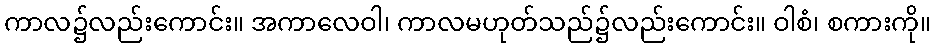
ကာလ၌လည်းကောင်း။ အကာလေဝါ၊ ကာလမဟုတ်သည်၌လည်းကောင်း။ ဝါစံ၊ စကားကို။